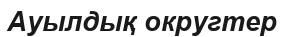
Ауылдық округтер